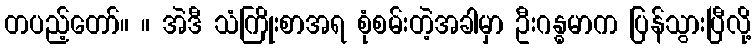
တပည့်တော်။ ။ အဲဒီ သံကြိုးစာအရ စုံစမ်းတဲ့အခါမှာ ဦးဂန္ဓမာက ပြန်သွားပြီလို့